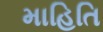
માહિતિ